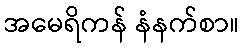
အမေရိကန် နံနက်စာ။